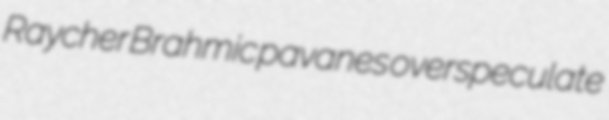
Raycher Brahmic pavanes overspeculate